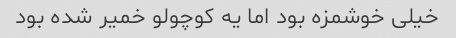
خیلی خوشمزه بود اما یه کوچولو خمیر شده بود